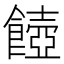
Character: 𩞵